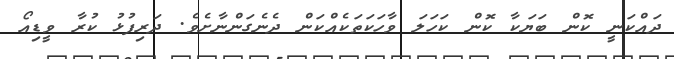
ދައްކަނީ ކޮން ބަޔަކާ ކޮން ކަހަލަ ވާހަކަތަކެއްކަން ދެނެގަންނާށެވެ. ދަރިފުޅު ކުރާ ވީޑިއޯ